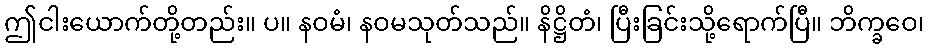
ဤငါးယောက်တို့တည်း။ ပ။ နဝမံ၊ နဝမသုတ်သည်။ နိဋ္ဌိတံ၊ ပြီးခြင်းသို့ရောက်ပြီ။ ဘိက္ခဝေ၊